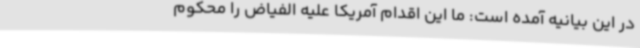
در این بیانیه آمده است: ما این اقدام آمریکا علیه الفیاض را محکوم